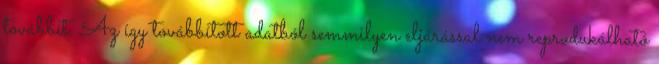
továbbít. Az így továbbított adatból semmilyen eljárással nem reprodukálható